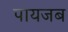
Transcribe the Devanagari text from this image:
पायजब